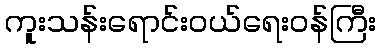
ကူးသန်းရောင်းဝယ်ရေးဝန်ကြီး